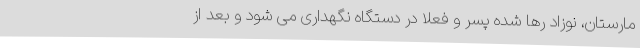
مارستان، نوزاد رها شده پسر و فعلا در دستگاه نگهداری می شود و بعد از